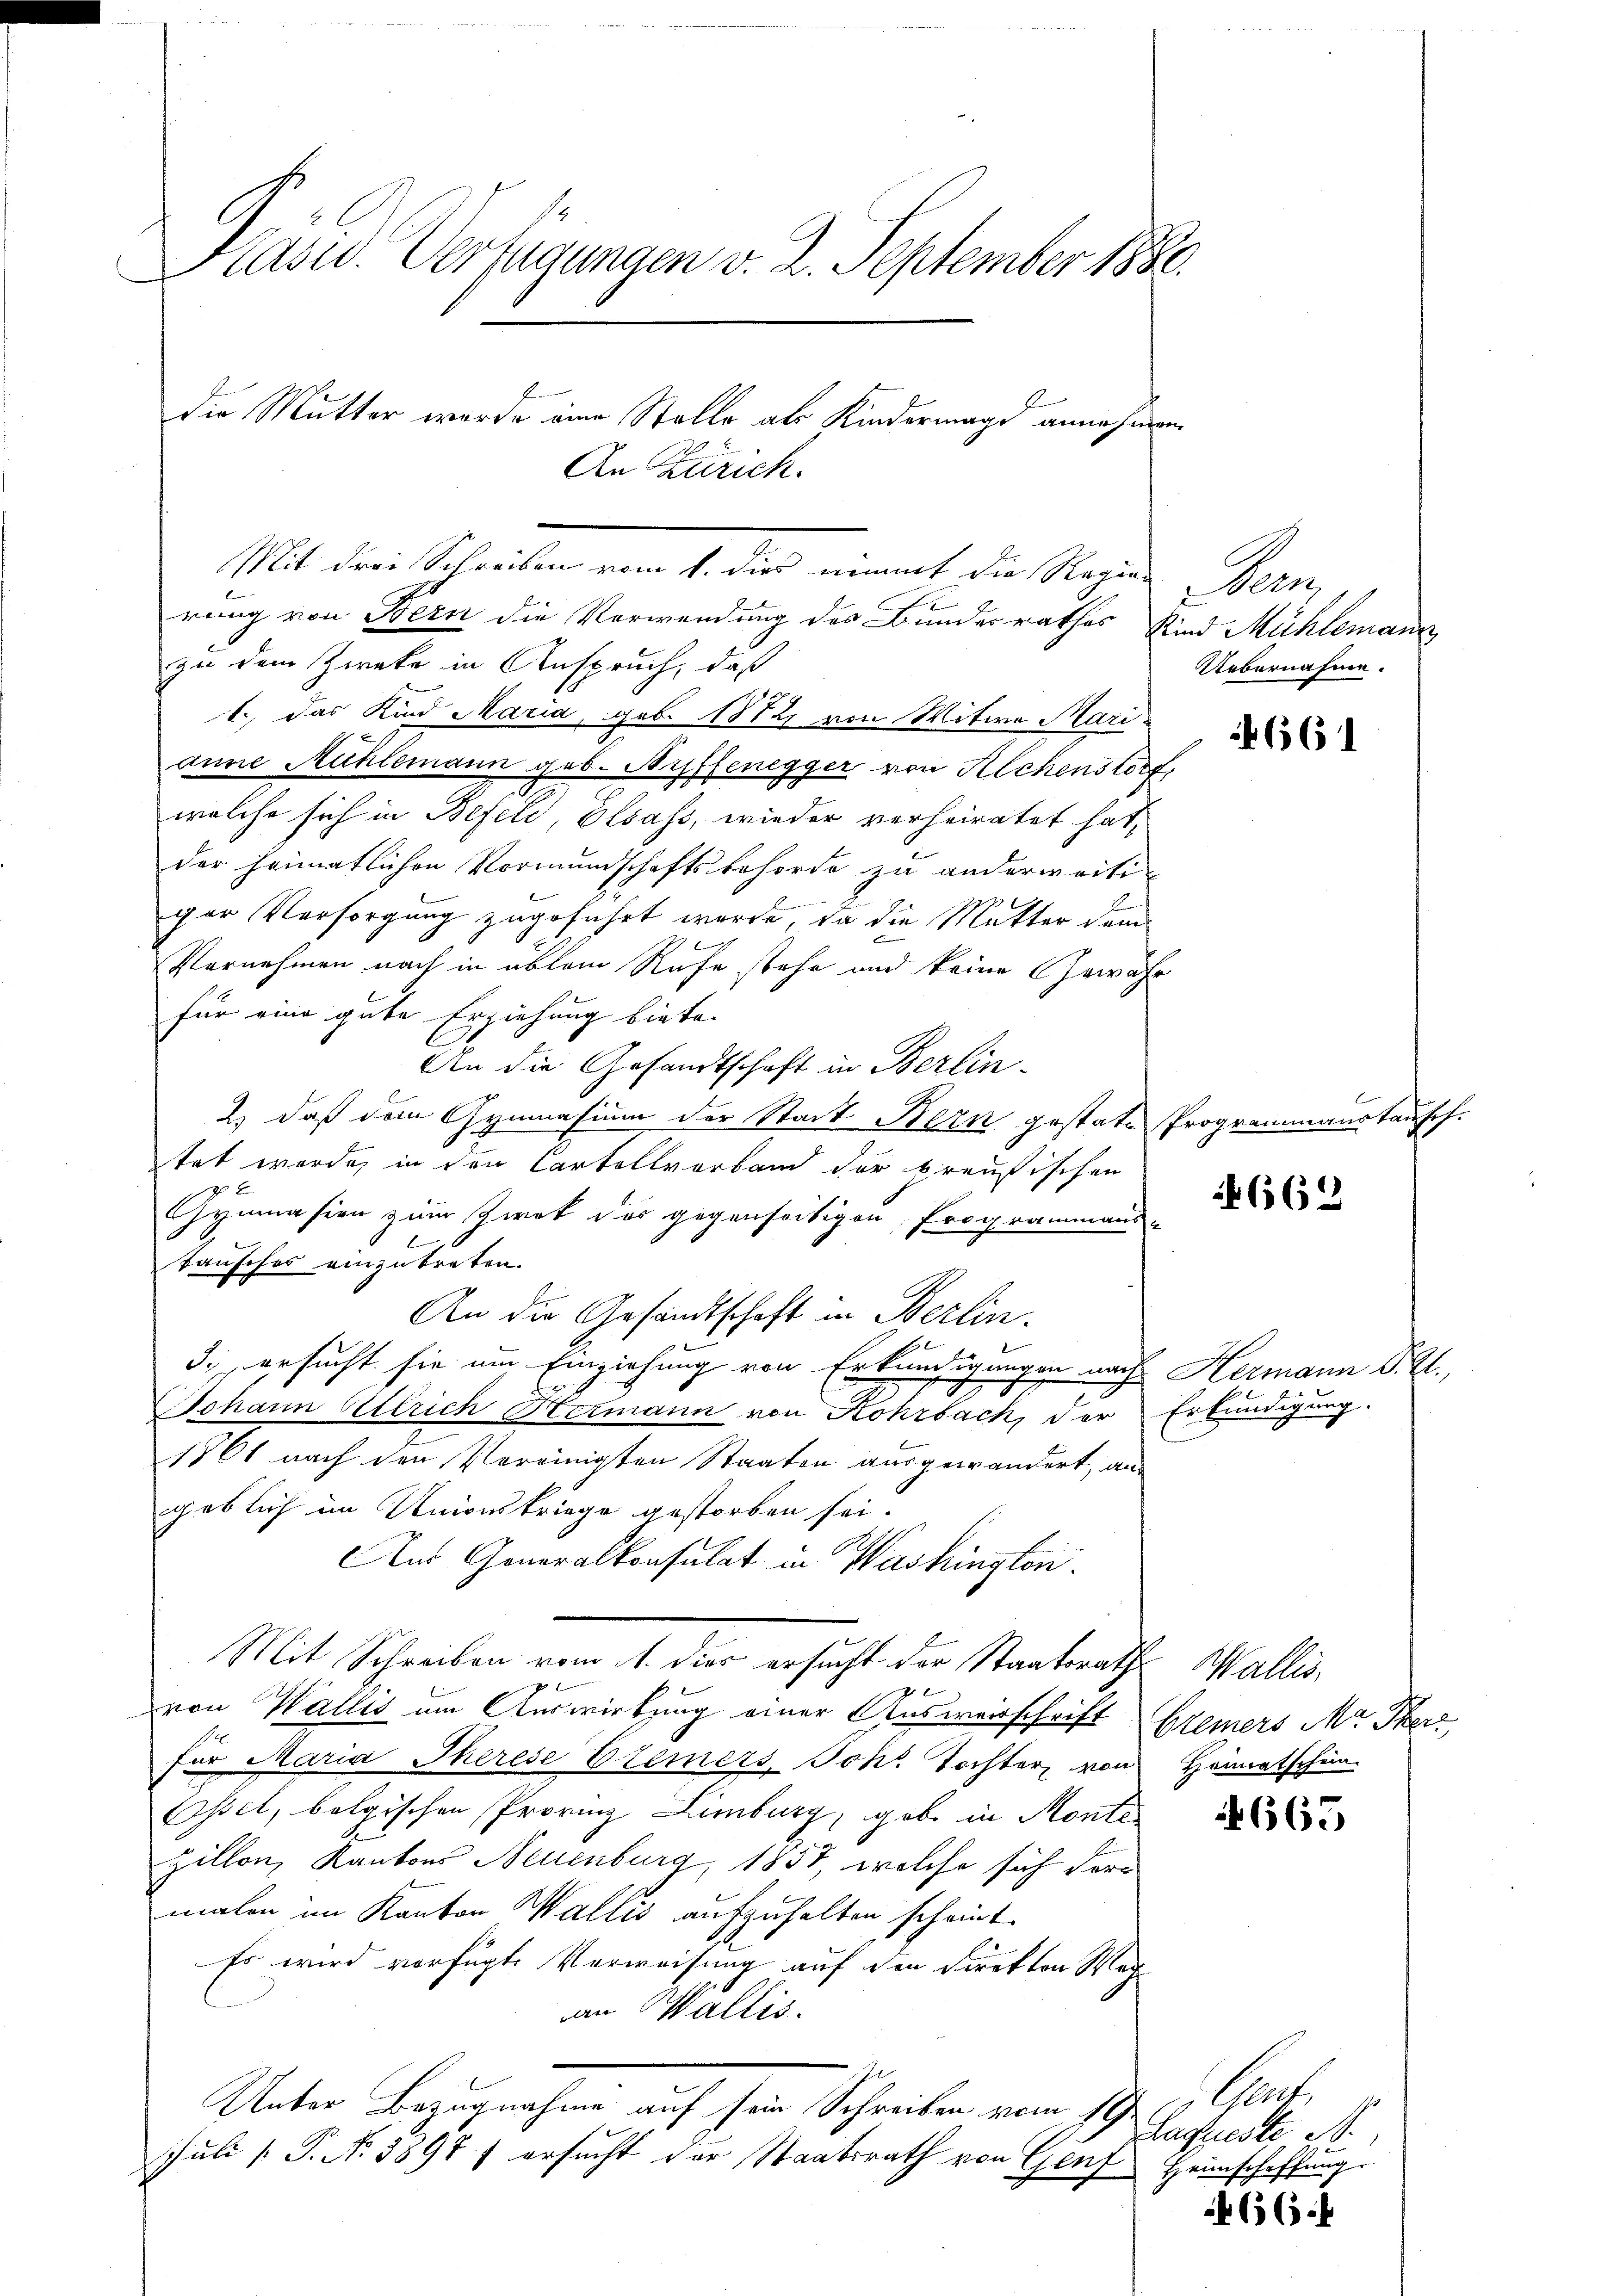
Präsid. Verfügungen v. 2. September 1880.

An Zürich.
Mit drei Schreiben vom 1. dies nimmt die Regien
rung von Bern die Verwendung des Bundesrathes Kind Mühlemann
zu dem Zweke in Anspruch, daß
1., das Kind Maria, geb. 1872, von Witwe Mari
anne Mühlemann geb. Ryffenegger von Alchenstorf
welche sich in Beseli, Olsass, wieder verheiratet hat,
der heimatlichen Vormundschaftsbehörde zu anderweitiger Versorgung zugeführt werde, da die Mutter dem
Vornehmen nach in üblein Rufe stehe und keine Gewähr
für eine gute Erziehung biete.
An die Gesandtschaft in Berlin¬
2) daß dem Gymnasium der Stadt Kern gestate Programmanstausch.
tet werde, in den Cartellverband der preußischen
 0 x
Gymnasion zum Zwek das gegenseitigen Programmans-
tausches einzutreten.
An die Gesandtschaft in Berlin.
3. ersucht sie um Einziehung von Erkundigungen nach Hermann P. R.,
Johann Allrich Hermann von Kohrbach, der Erkundigung.
1861 nach den Vereinigten Staaten ausgewandert, an
geblich im Unionskriege gestorben sei.
Aus Generalkonsulat in Washington.
Mit Schreiben vom 1. dies ersucht der Staatsrath Wallis,

von Wallis um Auswirkung einer Ausweisschrift Bremers Mr. Sterz
für Maria Therese Elemers Joh. Tochter von Heimatschein
Osset, belgischen Provinz Limburg, gabe in Monte
Zillon, Kantons Neuenburg, 1857, welche sich der
malen im Kanton Wallis aufzuhalten scheint.
Es wird verfügte Verweisung auf den Direkton Wach
an Wallis.
Unter Bezugnahme auf sein Schreiben vom 19.
Juli [P. Nr. 3898 f ersucht der Staatsrath von Genf Heinschaffung

die Mutter werde eine Stolle als Kindermagd annehmen

Kan
Uebernahme.
661

662

665

Kat
Laszieste B

66f